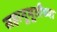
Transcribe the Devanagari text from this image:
सहानूभूतीच्या